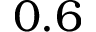
0 . 6